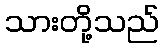
သားတို့သည်